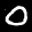
Label: 0